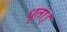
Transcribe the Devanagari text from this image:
धृता।